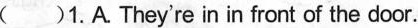
( )1.A.They're in in front of the door.